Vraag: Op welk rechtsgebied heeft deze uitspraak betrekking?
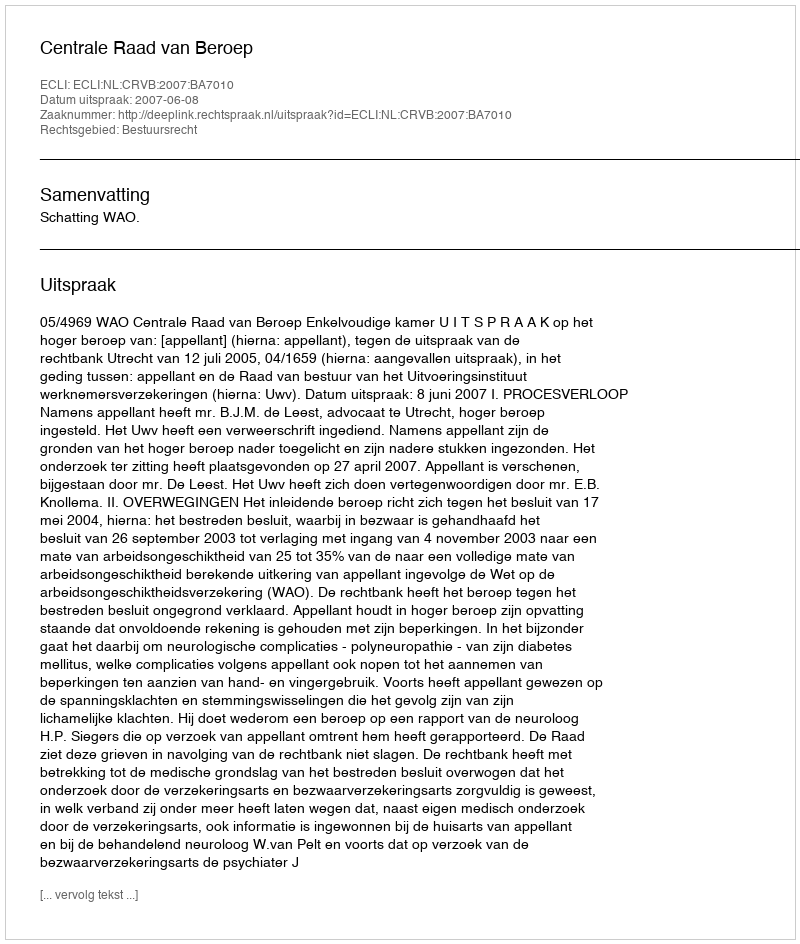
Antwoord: Bestuursrecht